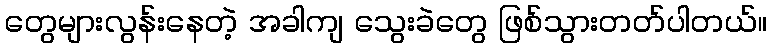
တွေများလွန်းနေတဲ့ အခါကျ သွေးခဲတွေ ဖြစ်သွားတတ်ပါတယ်။